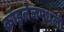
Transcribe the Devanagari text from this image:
कॉइलेजमधली